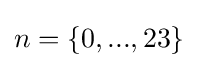
n=\{0,...,23\}